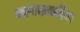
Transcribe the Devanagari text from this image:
अपराजोय